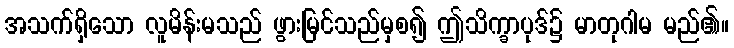
အသက်ရှိသော လူမိန်းမသည် ဖွားမြင်သည်မှစ၍ ဤသိက္ခာပုဒ်၌ မာတုဂါမ မည်၏။